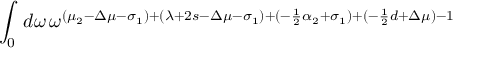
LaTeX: \int _ { 0 } \: d \omega \, \omega ^ { ( \mu _ { 2 } - \Delta \mu - \sigma _ { 1 } ) + ( \lambda + 2 s - \Delta \mu - \sigma _ { 1 } ) + ( - \frac { 1 } { 2 } \alpha _ { 2 } + \sigma _ { 1 } ) + ( - \frac { 1 } { 2 } d + \Delta \mu ) - 1 }